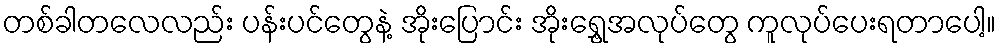
တစ်ခါတလေလည်း ပန်းပင်တွေနဲ့ အိုးပြောင်း အိုးရွှေ့အလုပ်တွေ ကူလုပ်ပေးရတာပေါ့။